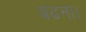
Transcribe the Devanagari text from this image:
बढना।